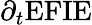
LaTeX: \partial_{t}\mathrm{EFIE}